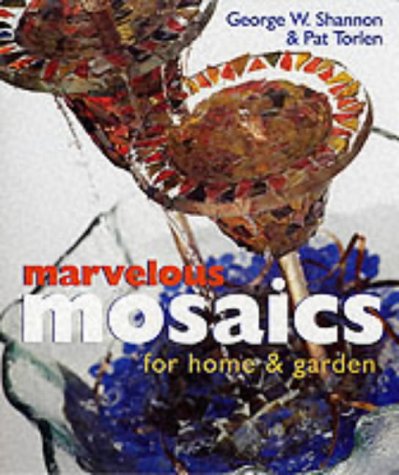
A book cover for Marvelous Mosaics for Home & Garden; George W. Shannon; Arts & Photography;